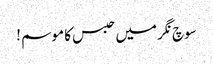
سوچ نگر میں حبس کا موسم !